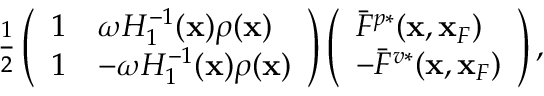
\begin{array} { r } { \frac { 1 } { 2 } \left( \begin{array} { l l } { 1 } & { \omega { \cal H } _ { 1 } ^ { - 1 } ( { \bf x } ) \rho ( { \bf x } ) } \\ { 1 } & { - \omega { \cal H } _ { 1 } ^ { - 1 } ( { \bf x } ) \rho ( { \bf x } ) } \end{array} \right) \left( \begin{array} { l } { \bar { F } ^ { p * } ( { \bf x } , { \bf x } _ { F } ) } \\ { - \bar { F } ^ { v * } ( { \bf x } , { \bf x } _ { F } ) } \end{array} \right) , } \end{array}